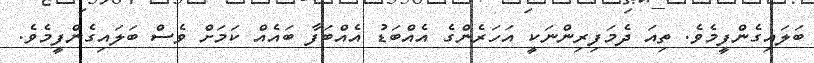
ބަލައިގެންފީމެވެ. ތިއަ ދެމަފިރިންނަކީ އަހަރެންގެ އެއްބަޑު އެއްބަފާ ބައެއް ކަމަށް ވެސް ބަލައިގެންފީމެވެ.